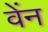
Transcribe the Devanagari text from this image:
वेंन